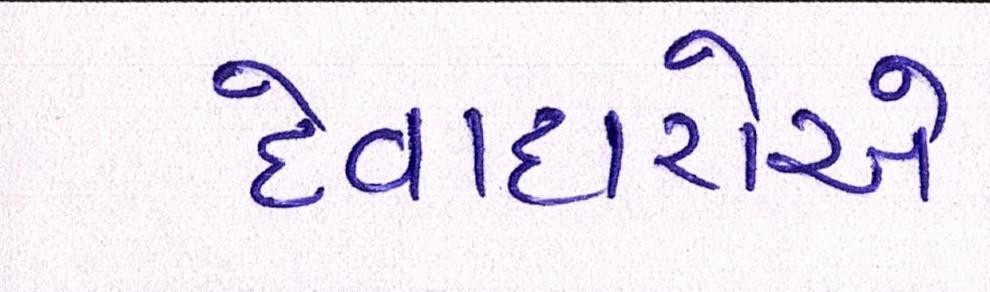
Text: દેવાદારોએ